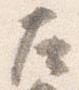
左